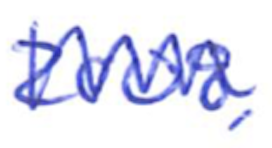
Text: 2008,
Cross-out: zig-zag
Writing tool: ballpoint